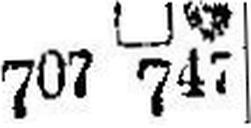
□ ### 707 747